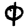
Digit: 0